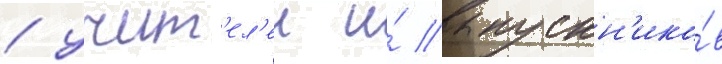
/ учит'ел'еи и́ выпускн'ико́в